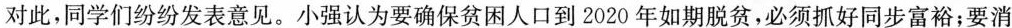
对此，同学们纷纷发表意见。小强认为要确保贫困人口到2020年如期脱贫，必须抓好同步富裕；要消